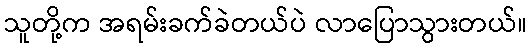
သူတို့က အရမ်းခက်ခဲတယ်ပဲ လာပြောသွားတယ်။